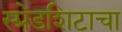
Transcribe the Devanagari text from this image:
स्प्रेडशिटाचा